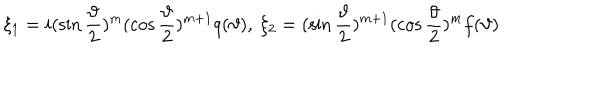
LaTeX: \quad \xi _ { 1 } = i ( \sin \frac \vartheta 2 ) ^ { m } ( \cos \frac \vartheta 2 ) ^ { m + 1 } q ( \vartheta ) , \ \xi _ { 2 } = ( \sin \frac \vartheta 2 ) ^ { m + 1 } ( \cos \frac \vartheta 2 ) ^ { m } f ( \vartheta )